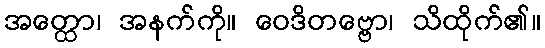
အတ္ထော၊ အနက်ကို။ ဝေဒိတဗ္ဗော၊ သိထိုက်၏။